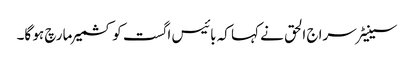
سینیٹر سراج الحق نے کہا کہ بائیس اگست کو کشمیر مارچ ہو گا۔